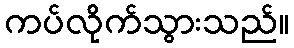
ကပ်လိုက်သွားသည်။